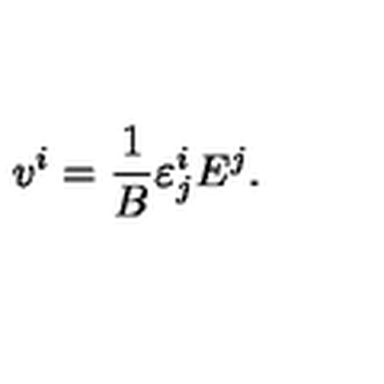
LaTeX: v ^ { i } = \frac { 1 } { B } \varepsilon _ { j } ^ { i } E ^ { j } .